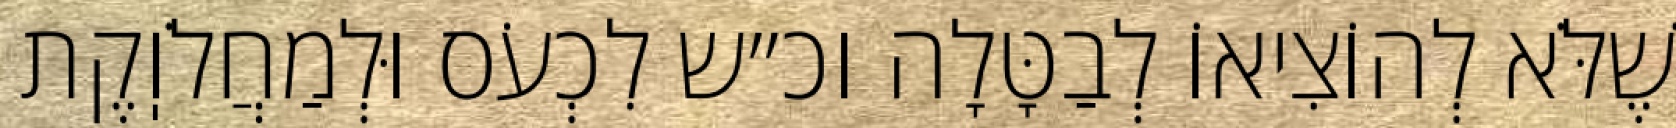
שֶׁלֹּא לְהוֹצִיאוֹ לְבַטָּלָה וכ״ש לִכְעֹס וּלְמַחֲלֹוֽקֶת